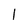
Character: 1